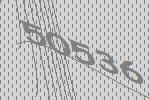
50536